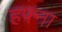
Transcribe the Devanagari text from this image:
हफ्ना